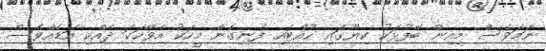
ނަމަވެސް މިއިން ބޭފުޅަކު ކިޔޫގައި ހުއްޓައި ފެނިގެން މީހަކު އެވާހަކަ ދެއްކި އަޑެއްވެސް